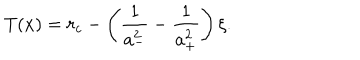
T ( x ) = r _ { c } - \left( \frac { 1 } { a _ { - } ^ { 2 } } - \frac { 1 } { a _ { + } ^ { 2 } } \right) \xi .